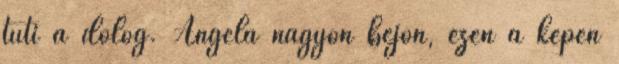
tuti a dolog. Angela nagyon bejön, ezen a képen